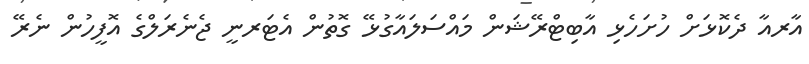
އާރއާ ދެކޮޅަށް ހުށަހެޅި އާބިޓްރޭޝަން މައްސަލައާގުޅޭ ގޮތުން އެޓަރނީ ޖެނެރަލްގެ އޮފީހުން ނެރޭ